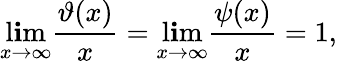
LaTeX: \operatorname*{l\mathbf{i}m}_{x\to\infty}{\frac{{\vartheta(x)}}{{x}}}=\operatorname*{l\mathbf{i}m}_{x\to\infty}{\frac{{\psi(x)}}{{x}}}=1,